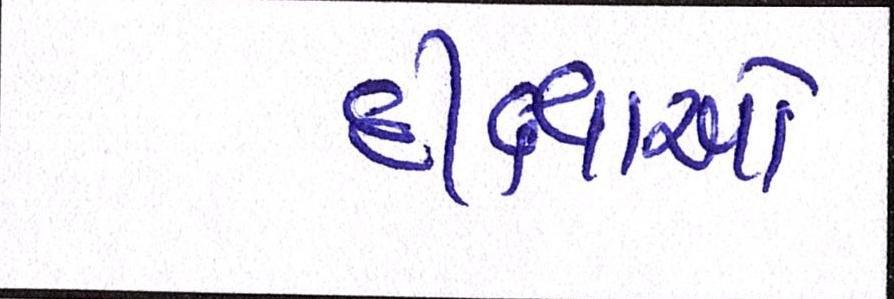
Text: દીક્ષાઓ